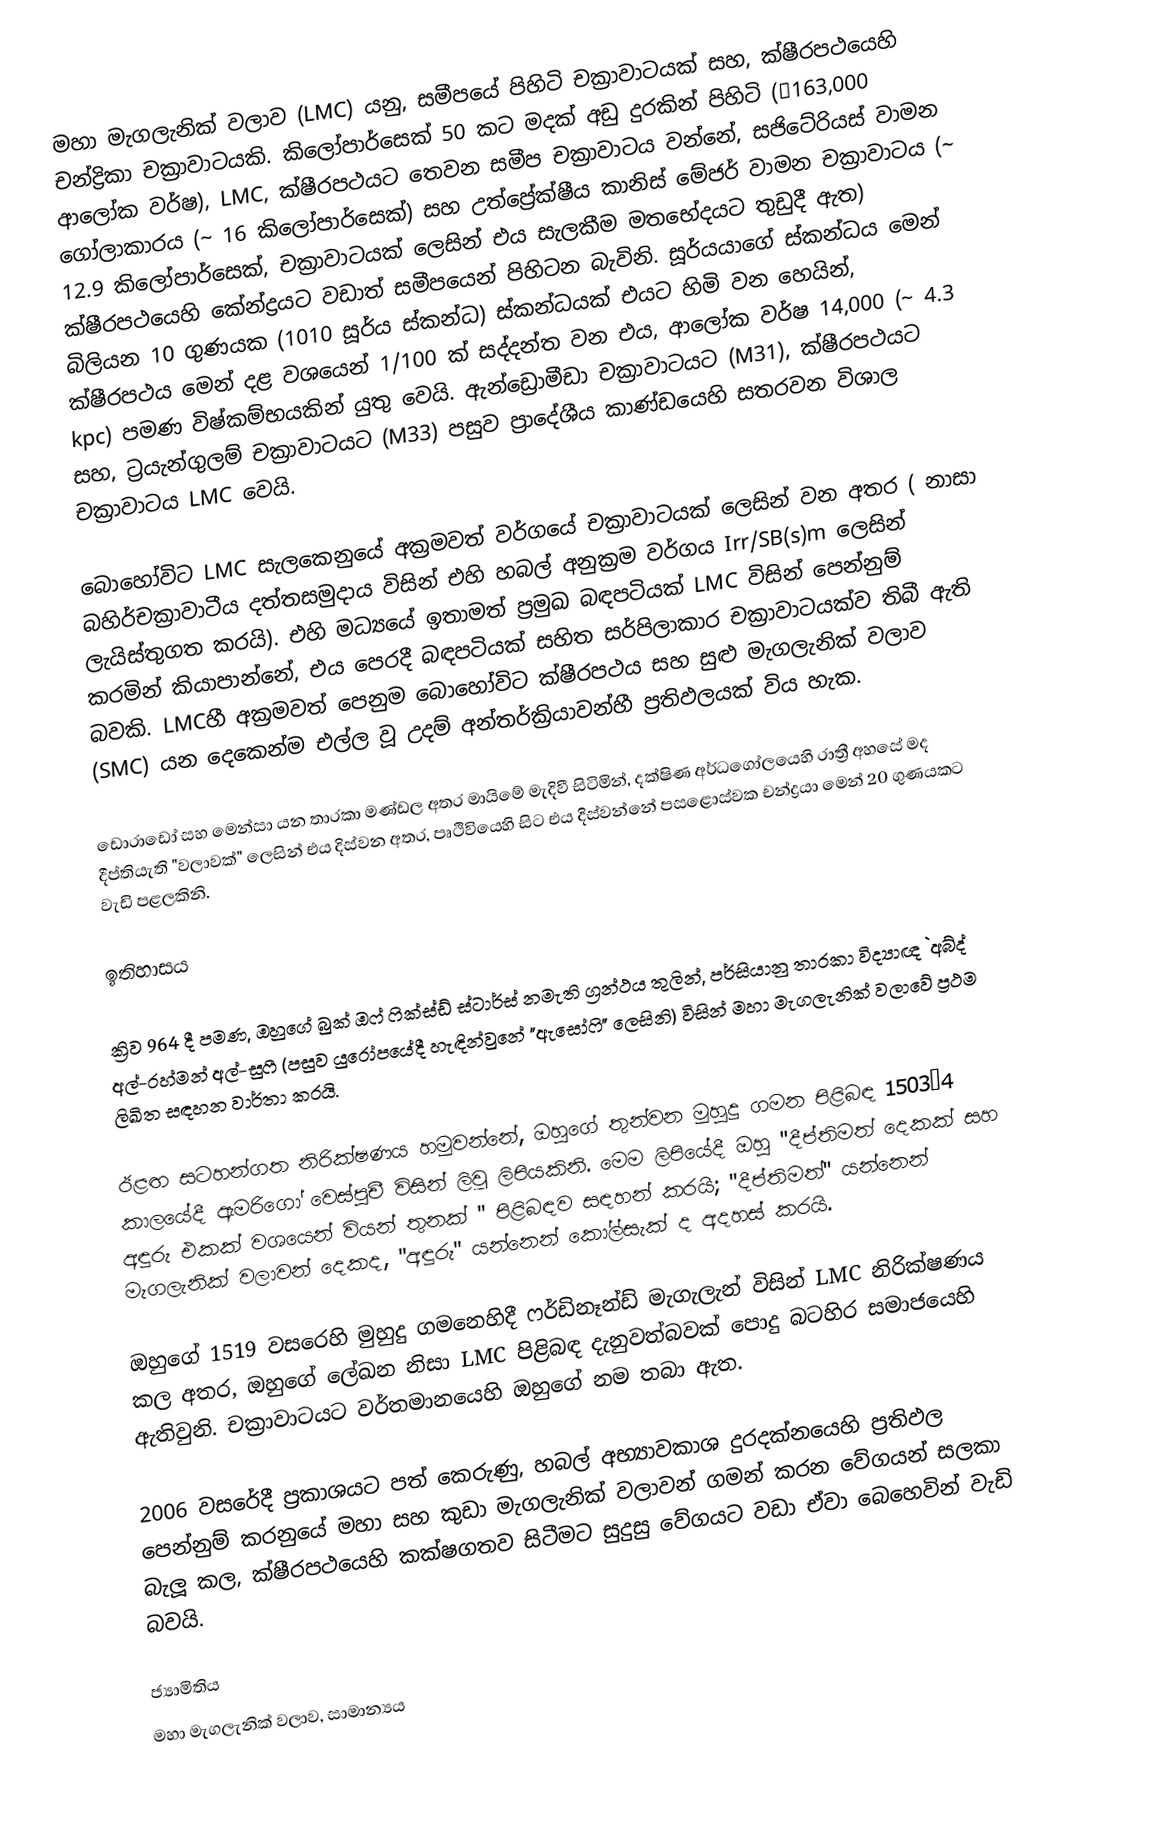
මහා මැගලැනික් වලාව (LMC) යනු, සමීපයේ පිහිටි චක්‍රාවාටයක් සහ, ක්ෂීරපථයෙහි චන්ද්‍රිකා චක්‍රාවාටයකි.  කිලෝපාර්සෙක් 50 කට මදක් අඩු දුරකින් පිහිටි (≈163,000 ආලෝක වර්ෂ), LMC, ක්ෂීරපථයට තෙවන සමීප චක්‍රාවාටය වන්නේ, සජිටේරියස් වාමන ගෝලාකාරය (~ 16 කිලෝපාර්සෙක්) සහ  උත්ප්‍රේක්ෂීය කානිස් මේජර් වාමන චක්‍රාවාටය (~ 12.9 කිලෝපාර්සෙක්, චක්‍රාවාටයක් ලෙසින් එය සැලකීම මතභේදයට තුඩුදී ඇත) ක්ෂීරපථයෙහි කේන්ද්‍රයට වඩාත් සමීපයෙන් පිහිටන බැවිනි. සූර්යයාගේ ස්කන්ධය මෙන් බිලියන 10 ගුණයක (1010 සූර්ය ස්කන්ධ) ස්කන්ධයක් එයට හිමි වන හෙයින්, ක්ෂීරපථය මෙන් දළ වශයෙන් 1/100 ක් සද්දන්ත වන එය, ආලෝක වර්ෂ 14,000 (~ 4.3 kpc) පමණ විෂ්කම්භයකින් යුතු වෙයි.   ඇන්ඩ්‍රොමීඩා චක්‍රාවාටයට (M31), ක්ෂීරපථයට සහ,  ට්‍රයැන්ගුලම් චක්‍රාවාටයට (M33) පසුව  ප්‍රාදේශීය කාණ්ඩයෙහි සතරවන විශාල චක්‍රාවාටය   LMC වෙයි.

බොහෝවිට LMC සැලකෙනුයේ අක්‍රමවත් වර්ගයේ චක්‍රාවාටයක් ලෙසින් වන අතර ( නාසා බහිර්චක්‍රාවාටීය දත්තසමුදාය විසින් එහි හබල් අනුක්‍රම වර්ගය Irr/SB(s)m ලෙසින් ලැයිස්තුගත කරයි).  එහි මධ්‍යයේ ඉතාමත් ප්‍රමුඛ බඳපටියක්  LMC විසින් පෙන්නුම් කරමින් කියාපාන්නේ, එය පෙරදී බඳපටියක් සහිත සර්පිලාකාර චක්‍රාවාටයක්ව තිබී ඇති බවකි. LMCහී අක්‍රමවත් පෙනුම බොහෝවිට ක්ෂීරපථය සහ සුළු මැගලැනික් වලාව (SMC) යන දෙකෙන්ම එල්ල වූ උදම් අන්තර්ක්‍රියාවන්හී ප්‍රතිඵලයක් විය හැක.

ඩොරාඩෝ සහ  මෙන්සා යන තාරකා මණ්ඩල අතර මායිමේ මැදිවී සිටිමින්, දක්ෂිණ අර්ධගෝලයෙහි රාත්‍රී අහසේ මද දීප්තියැති "වලාවක්" ලෙසින් එය දිස්වන අතර, පෘථිවියෙහි සිට එය දිස්වන්නේ පසළොස්වක චන්ද්‍රයා මෙන් 20 ගුණයකට වැඩි පළලකිනි.

ඉතිහාසය

ක්‍රිව 964 දී පමණ, ඔහුගේ  බුක් ඔෆ් ෆික්ස්ඩ් ස්ටාර්ස් නමැති ග්‍රන්ථය තුලින්, පර්සියානු තාරකා විද්‍යාඥ `අබ්ද් අල්-රහ්මන් අල්-සුෆී (පසුව යුරෝපයේදී හැඳින්වුනේ "ඇසෝෆි" ලෙසිනි) විසින් මහා මැගලැනික් වලාවේ ප්‍රථම ලිඛිත සඳහන වාර්තා කරයි.

ඊළඟ සටහන්ගත නිරික්ෂණය හමුවන්නේ, ඔහුගේ තුන්වන මුහුදු ගමන පිළිබඳ  1503–4 කාලයේදී ඇමරිගෝ වෙස්පුචී විසින් ලිවූ ලිපියකිනි. මෙම ලිපියේදී ඔහු "දීප්තිමත් දෙකක් සහ අඳුරු එකක් වශයෙන් වියන් තුනක් " පිළිබඳව සඳහන් කරයි; "දීප්තිමත්" යන්නෙන් මැගලැනික් වලාවන් දෙකද, "අඳුරු" යන්නෙන් කෝල්සැක් ද අදහස් කරයි.

ඔහුගේ 1519 වසරෙහි මුහුදු ගමනෙහිදී ෆර්ඩිනෑන්ඩ් මැගැලැන් විසින් LMC නිරික්ෂණය කල අතර, ඔහුගේ ලේඛන නිසා  LMC පිළිබඳ දැනුවත්බවක් පොදු බටහිර සමාජයෙහි ඇතිවුනි. චක්‍රාවාටයට වර්තමානයෙහි ඔහුගේ නම තබා ඇත.

2006 වසරේදී ප්‍රකාශයට පත් කෙරුණු, හබල් අභ්‍යාවකාශ දුරදක්නයෙහි ප්‍රතිඵල පෙන්නුම් කරනුයේ මහා සහ කුඩා මැගලැනික් වලාවන් ගමන් කරන වේගයන් සලකා බැලූ කල, ක්ෂීරපථයෙහි කක්ෂගතව සිටීමට සුදුසු වේගයට වඩා ඒවා බෙහෙවින් වැඩි බවයි.

ජ්‍යාමිතිය
මහා මැගලැනික් වලාව, සාමාන්‍යය